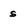
Character: s